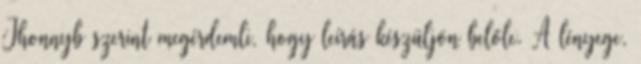
Jhonnyb szerint megérdemli, hogy leírás készüljön belőle. A lényege,